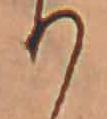
り